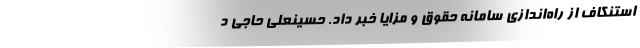
استنکاف از راه‌اندازی سامانه حقوق و مزایا خبر داد. حسینعلی حاجی د